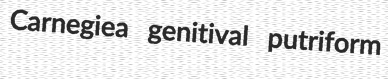
Carnegiea genitival putriform